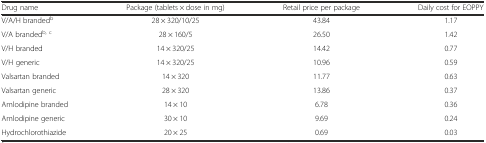
| Drug name | Package (tablets × dose in mg) | Retail price per package | Daily cost for EOPPY |
 | --- | --- | --- | --- |
 | V/A/H brandedb | 28 × 320/10/25 | 43.84 | 1.17 |
 | V/A brandedb, c | 28 × 160/5 | 26.50 | 1.42 |
 | V/H branded | 14 × 320/25 | 14.42 | 0.77 |
 | V/H generic | 14 × 320/25 | 10.96 | 0.59 |
 | Valsartan branded | 14 × 320 | 11.77 | 0.63 |
 | Valsartan generic | 28 × 320 | 13.86 | 0.37 |
 | Amlodipine branded | 14 × 10 | 6.78 | 0.36 |
 | Amlodipine generic | 30 × 10 | 9.69 | 0.24 |
 | Hydrochlorothiazide | 20 × 25 | 0.69 | 0.03 |